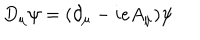
D _ { \mu } \psi = ( \partial _ { \mu } - i e A _ { \mu } ) \psi